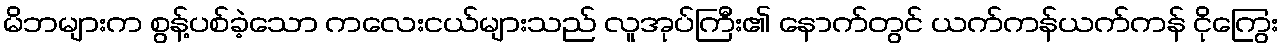
မိဘများက စွန့်ပစ်ခဲ့သော ကလေးငယ်များသည် လူအုပ်ကြီး၏ နောက်တွင် ယက်ကန်ယက်ကန် ငိုကြွေး